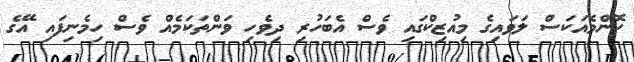
ކޮންމެއަކަސް ލަވައިގެ މިއުޒިކްގައި ވެސް އެބަހުރި ދިވެހި ވަންތަކަމެއް ވެސް ހިމެނިފައި އޭގެ